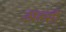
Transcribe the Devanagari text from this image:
अल्‍सी